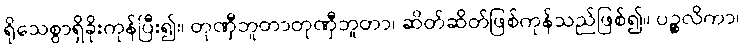
ရိုသေစွာရှိခိုးကုန်ပြီး၍။ တုဏှီဘူတာတုဏှီဘူတာ၊ ဆိတ်ဆိတ်ဖြစ်ကုန်သည်ဖြစ်၍။ ပဉ္စလိကာ၊